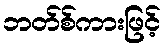
ဘတ်စ်ကားဖြင့်